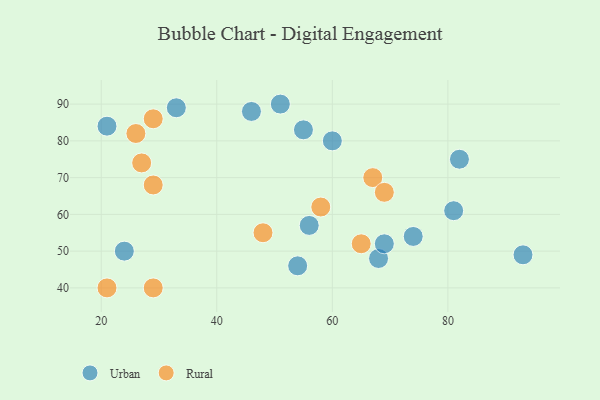
{"axis": {"x": "GDP", "y": "Life Expectancy"}, "legend": ["Rural", "Urban"], "data": [{"x": "33", "y": 89, "type": "Urban"}, {"x": "51", "y": 90, "type": "Urban"}, {"x": "68", "y": 48, "type": "Urban"}, {"x": "93", "y": 49, "type": "Urban"}, {"x": "69", "y": 52, "type": "Urban"}, {"x": "56", "y": 57, "type": "Urban"}, {"x": "46", "y": 88, "type": "Urban"}, {"x": "82", "y": 75, "type": "Urban"}, {"x": "60", "y": 80, "type": "Urban"}, {"x": "21", "y": 84, "type": "Urban"}, {"x": "74", "y": 54, "type": "Urban"}, {"x": "81", "y": 61, "type": "Urban"}, {"x": "54", "y": 46, "type": "Urban"}, {"x": "55", "y": 83, "type": "Urban"}, {"x": "24", "y": 50, "type": "Urban"}, {"x": "48", "y": 55, "type": "Rural"}, {"x": "29", "y": 40, "type": "Rural"}, {"x": "65", "y": 52, "type": "Rural"}, {"x": "67", "y": 70, "type": "Rural"}, {"x": "29", "y": 86, "type": "Rural"}, {"x": "69", "y": 66, "type": "Rural"}, {"x": "27", "y": 74, "type": "Rural"}, {"x": "29", "y": 68, "type": "Rural"}, {"x": "26", "y": 82, "type": "Rural"}, {"x": "58", "y": 62, "type": "Rural"}, {"x": "21", "y": 40, "type": "Rural"}]}